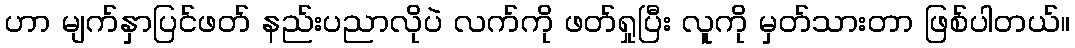
ဟာ မျက်နှာပြင်ဖတ် နည်းပညာလိုပဲ လက်ကို ဖတ်ရှုပြီး လူကို မှတ်သားတာ ဖြစ်ပါတယ်။